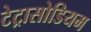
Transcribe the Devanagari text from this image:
टेट्रासोडियम